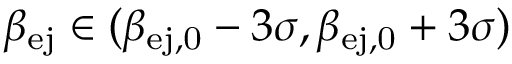
\ensuremath { \beta _ { \mathrm { e j } } } { } \in ( \beta _ { \mathrm { e j , 0 } } - 3 \sigma , \beta _ { \mathrm { e j , 0 } } + 3 \sigma )